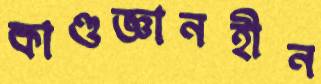
কাণ্ডজ্ঞানহীন